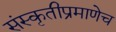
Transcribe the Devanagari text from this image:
संस्कृतीप्रमाणेच